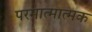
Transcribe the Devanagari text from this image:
परमात्मात्मक